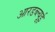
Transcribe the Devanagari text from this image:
आरडब्ल्यूई